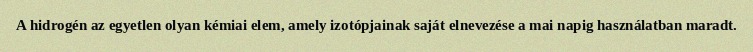
A hidrogén az egyetlen olyan kémiai elem, amely izotópjainak saját elnevezése a mai napig használatban maradt.